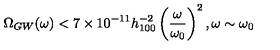
\Omega _ { G W } ( \omega ) < 7 \times 1 0 ^ { - 1 1 } h _ { 1 0 0 } ^ { - 2 } \left( \frac { \omega } { \omega _ { 0 } } \right) ^ { 2 } , \omega \sim \omega _ { 0 }